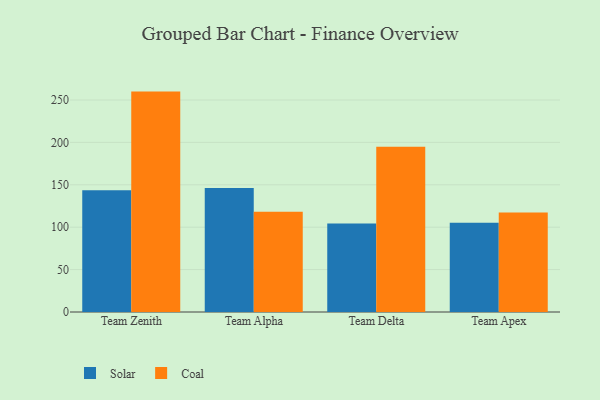
{"axis": {"x": "Team", "y": "Latency (ms)"}, "legend": ["Coal", "Solar"], "data": [{"x": "Team Zenith", "y": 143.7, "type": "Solar"}, {"x": "Team Zenith", "y": 259.9, "type": "Coal"}, {"x": "Team Alpha", "y": 146.1, "type": "Solar"}, {"x": "Team Alpha", "y": 118.3, "type": "Coal"}, {"x": "Team Delta", "y": 104.4, "type": "Solar"}, {"x": "Team Delta", "y": 194.9, "type": "Coal"}, {"x": "Team Apex", "y": 105.2, "type": "Solar"}, {"x": "Team Apex", "y": 117.4, "type": "Coal"}]}